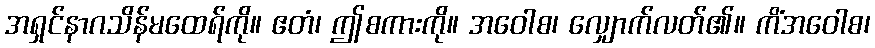
အရှင်နာဂသိန်မထေရ်ကို။ ဧတံ၊ ဤစကားကို။ အဝေါစ၊ လျှောက်လတ်၏။ ကိံအဝေါစ၊